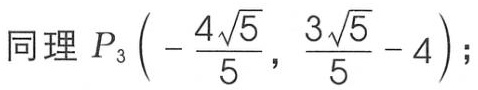
同理 \(P_{3}\left(-\frac{4\sqrt{5}}{5},\frac{3\sqrt{5}}{5}-4\right);\)